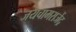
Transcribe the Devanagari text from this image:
जयचामराजेंद्र